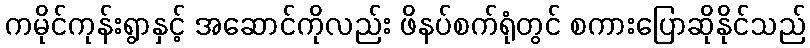
ကမိုင်ကုန်းရွာနှင့် အဆောင်ကိုလည်း ဖိနပ်စက်ရုံတွင် စကားပြောဆိုနိုင်သည်